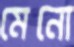
মেনো